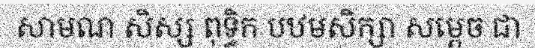
សាមណ សិស្ស ពុទ្ធិក បឋមសិក្សា សម្តេច ជា